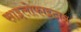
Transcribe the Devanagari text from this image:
साइलोफाइटान